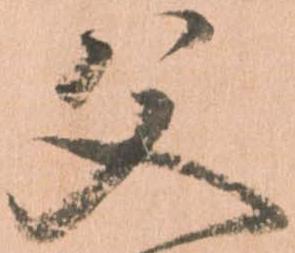
父